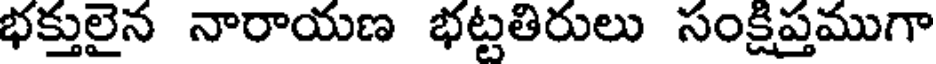
భక్తులైన నారాయణ భట్టతిరులు సంక్షిప్తముగా